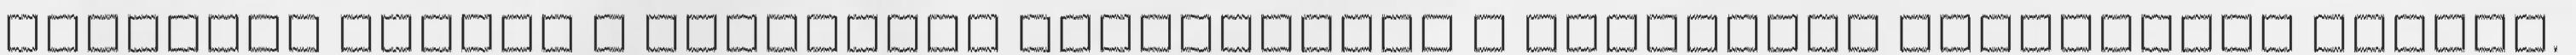
teljesen vissza a fecskendő dugattyúját a fecskendő hengerének végéig.